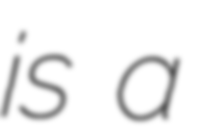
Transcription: is a